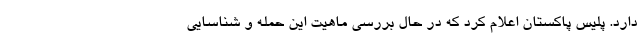
دارد. پلیس پاکستان اعلام کرد که در حال بررسی ماهیت این حمله و شناسایی